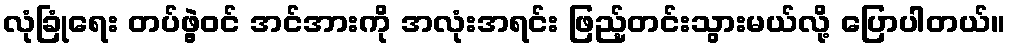
လုံခြုံရေး တပ်ဖွဲ့ဝင် အင်အားကို အလုံးအရင်း ဖြည့်တင်းသွားမယ်လို့ ပြောပါတယ်။